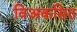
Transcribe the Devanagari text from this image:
विअकसित